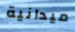
ميدانية